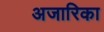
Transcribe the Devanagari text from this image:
अजारिका